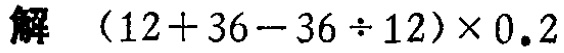
解 \((12 + 36 - 36 \div 12)\times 0.2\)